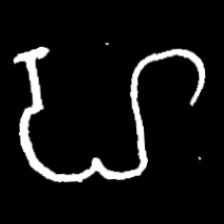
Pyu character \u2014 Myanmar letter: ဟ (romanized: ha)